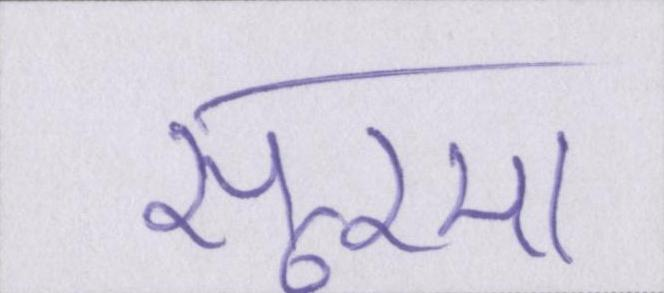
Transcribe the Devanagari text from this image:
सूरमा